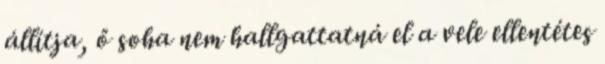
állítja, ő soha nem hallgattatná el a vele ellentétes